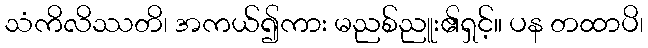
သံကိလိဿတိ၊ အကယ်၍ကား မညစ်ညူး၏ရှင့်။ ပန တထာပိ၊